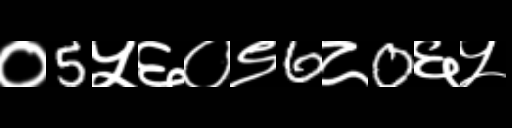
Text: ०5५६०९6८0६५